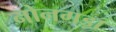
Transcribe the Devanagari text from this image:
नोनगड़ा